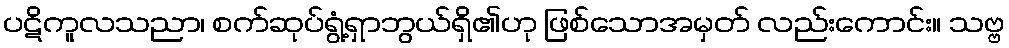
ပဋိကူလသညာ၊ စက်ဆုပ်ရွံ့ရှာဘွယ်ရှိ၏ဟု ဖြစ်သောအမှတ် လည်းကောင်း။ သဗ္ဗ